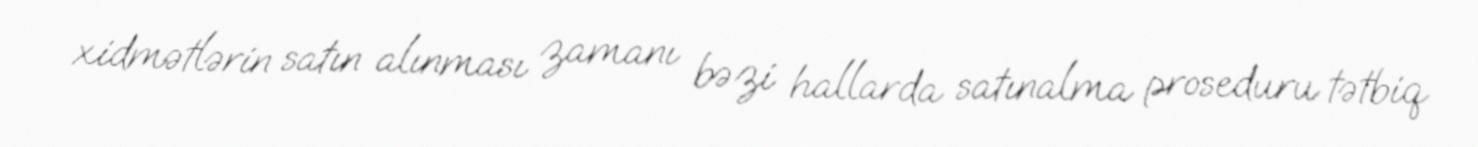
xidmətlərin satın alınması zamanı bəzi hallarda satınalma proseduru tətbiq